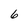
Character: 6